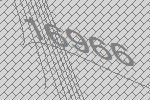
16966